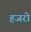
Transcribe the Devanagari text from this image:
हजरो